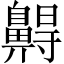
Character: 𪖭